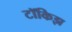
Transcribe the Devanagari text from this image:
टॉकिझ